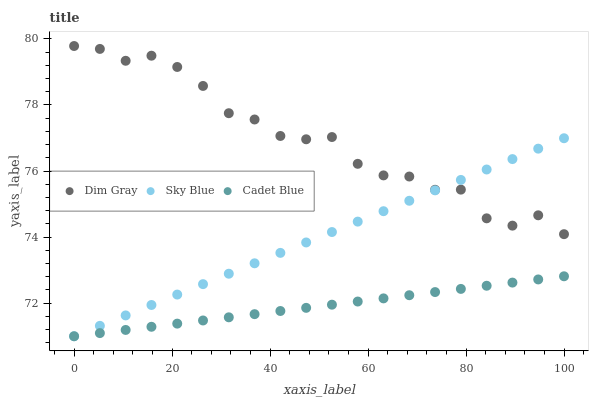
| xaxis_label | Dim Gray | Sky Blue | Cadet Blue |
 | --- | --- | --- | --- |
 | 0 | 79.8 | 71 | 71 |
 | 5.26 | 79.7 | 71.3 | 71.1 |
 | 10.5 | 79.3 | 71.6 | 71.2 |
 | 15.8 | 79.5 | 71.9 | 71.3 |
 | 21.1 | 79.2 | 72.3 | 71.4 |
 | 26.3 | 78.6 | 72.6 | 71.5 |
 | 31.6 | 77.8 | 72.9 | 71.6 |
 | 36.8 | 77.6 | 73.2 | 71.7 |
 | 42.1 | 77.1 | 73.5 | 71.8 |
 | 47.4 | 77 | 73.8 | 71.9 |
 | 52.6 | 77 | 74.2 | 72 |
 | 57.9 | 76.2 | 74.5 | 72.1 |
 | 63.2 | 75.9 | 74.8 | 72.1 |
 | 68.4 | 75.8 | 75.1 | 72.2 |
 | 73.7 | 75.4 | 75.4 | 72.3 |
 | 78.9 | 75.4 | 75.7 | 72.4 |
 | 84.2 | 74.6 | 76 | 72.5 |
 | 89.5 | 74.3 | 76.4 | 72.6 |
 | 94.7 | 74.7 | 76.7 | 72.7 |
 | 100 | 74.1 | 77 | 72.8 |